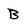
Character: B